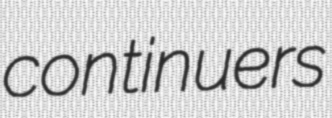
continuers